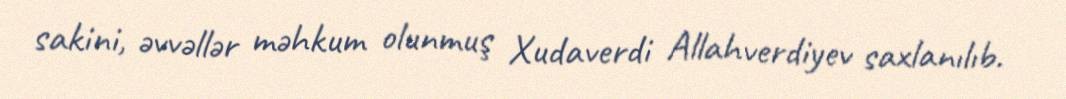
sakini, əvvəllər məhkum olunmuş Xudaverdi Allahverdiyev saxlanılıb.